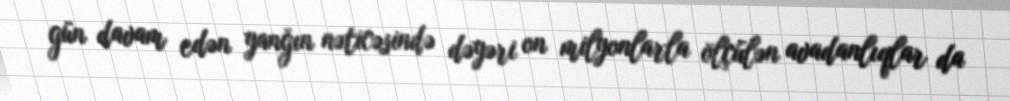
gün davam edən yanğın nəticəsində dəyəri on milyonlarla ölçülən avadanlıqlar da